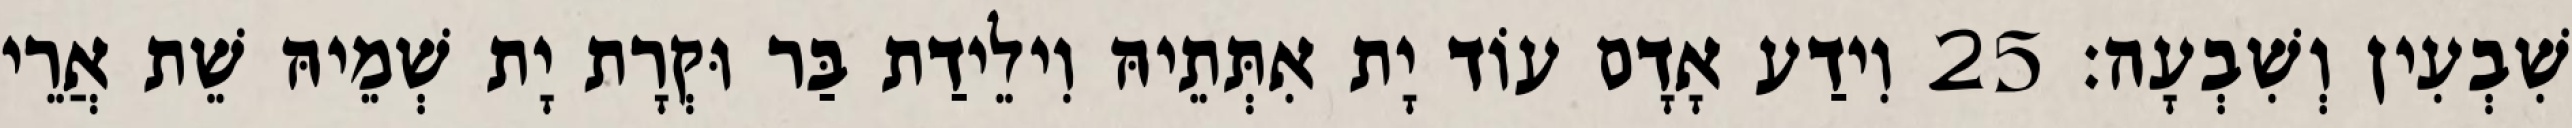
שִׁבְעִין וְשִׁבְעָה׃ 25 וִידַע אָדָם עוֹד יָת אִתְּתֵיהּ וִילֵידַת בַּר וּקְרָת יָת שְׁמֵיהּ שֵׁת אֲרֵי